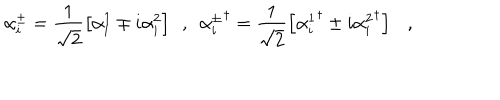
LaTeX: \alpha _ { i } ^ { \pm } = \frac { 1 } { \sqrt { 2 } } \left[ \alpha _ { i } ^ { 1 } \mp i \alpha _ { i } ^ { 2 } \right] \ \ , \ \ { \alpha _ { i } ^ { \pm } } ^ { \dagger } = \frac { 1 } { \sqrt { 2 } } \left[ { \alpha _ { i } ^ { 1 } } ^ { \dagger } \pm i { \alpha _ { i } ^ { 2 } } ^ { \dagger } \right] \ \ \ ,